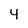
Character: 4